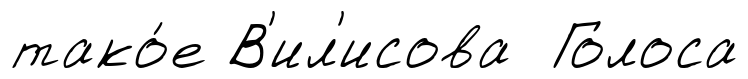
тако́е В'ил'исова Голоса